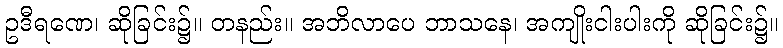
ဥဒီရဏေ၊ ဆိုခြင်း၌။ တနည်း။ အဘိလာပေ ဘာသနေ၊ အကျိုးငါးပါးကို ဆိုခြင်း၌။